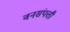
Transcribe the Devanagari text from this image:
वनसंपत्ती